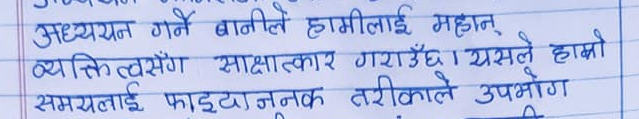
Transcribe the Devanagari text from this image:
अध्ययन गर्ने बानीले हामीलाई महान्
व्यक्तित्वसँग साक्षात्कार गराउँछ । यसले हाम्रो
समयलाई फाइदाजनक तरीकाले उपभोग